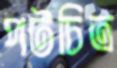
পটচিত্র